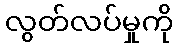
လွတ်လပ်မှုကို